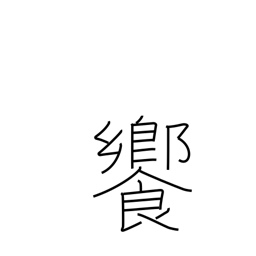
Meaning: banquet